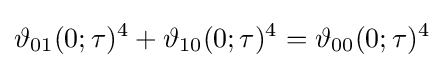
\vartheta _{01}(0;\tau )^{4}+\vartheta _{10}(0;\tau )^{4}=\vartheta _{00}(0;\tau )^{4}